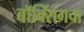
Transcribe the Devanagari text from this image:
बॉक्सिंगचा